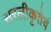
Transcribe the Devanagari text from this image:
सरलीकृतेवं